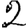
Digit: 2